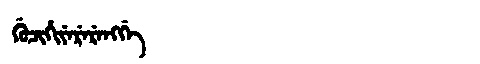
Manchu: ᡤᡠᠴᡳᡥᡳᠶᡝᡵᡝᡵᡝᠩᡤᡝ
Romanization: GUCIHIYERERENGGE